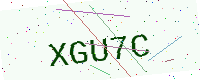
Text: XGU7C